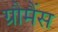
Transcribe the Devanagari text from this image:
ग्रौमैंस